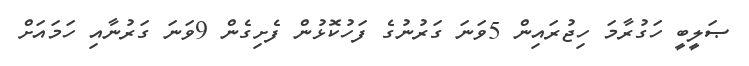
ޞަލީބީ ހަގުރާމަ ހިޖުރައިން 5ވަނަ ގަރުނުގެ ފަހުކޮޅުން ފެށިގެން 9ވަނަ ގަރުނާއި ހަމައަށް